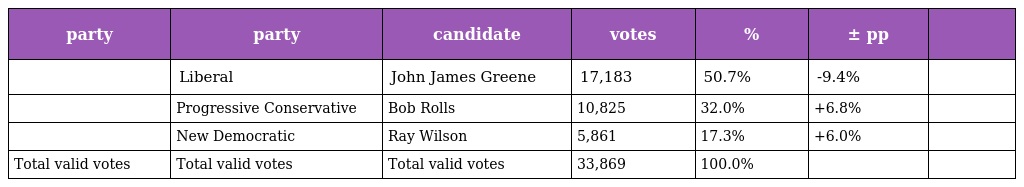
| party | party | candidate | votes | % | ± pp |  |
 | --- | --- | --- | --- | --- | --- | --- |
 |  | Liberal | John James Greene | 17,183 | 50.7% | -9.4% |  |
 |  | Progressive Conservative | Bob Rolls | 10,825 | 32.0% | +6.8% |  |
 |  | New Democratic | Ray Wilson | 5,861 | 17.3% | +6.0% |  |
 | Total valid votes | Total valid votes | Total valid votes | 33,869 | 100.0% |  |  |